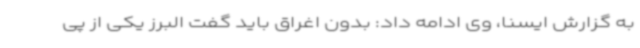
به گزارش ایسنا، وی ادامه داد: بدون اغراق باید گفت البرز یکی از پی